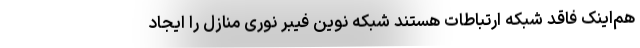
هم‌اینک فاقد شبکه ارتباطات هستند شبکه نوین فیبر نوری منازل را ایجاد